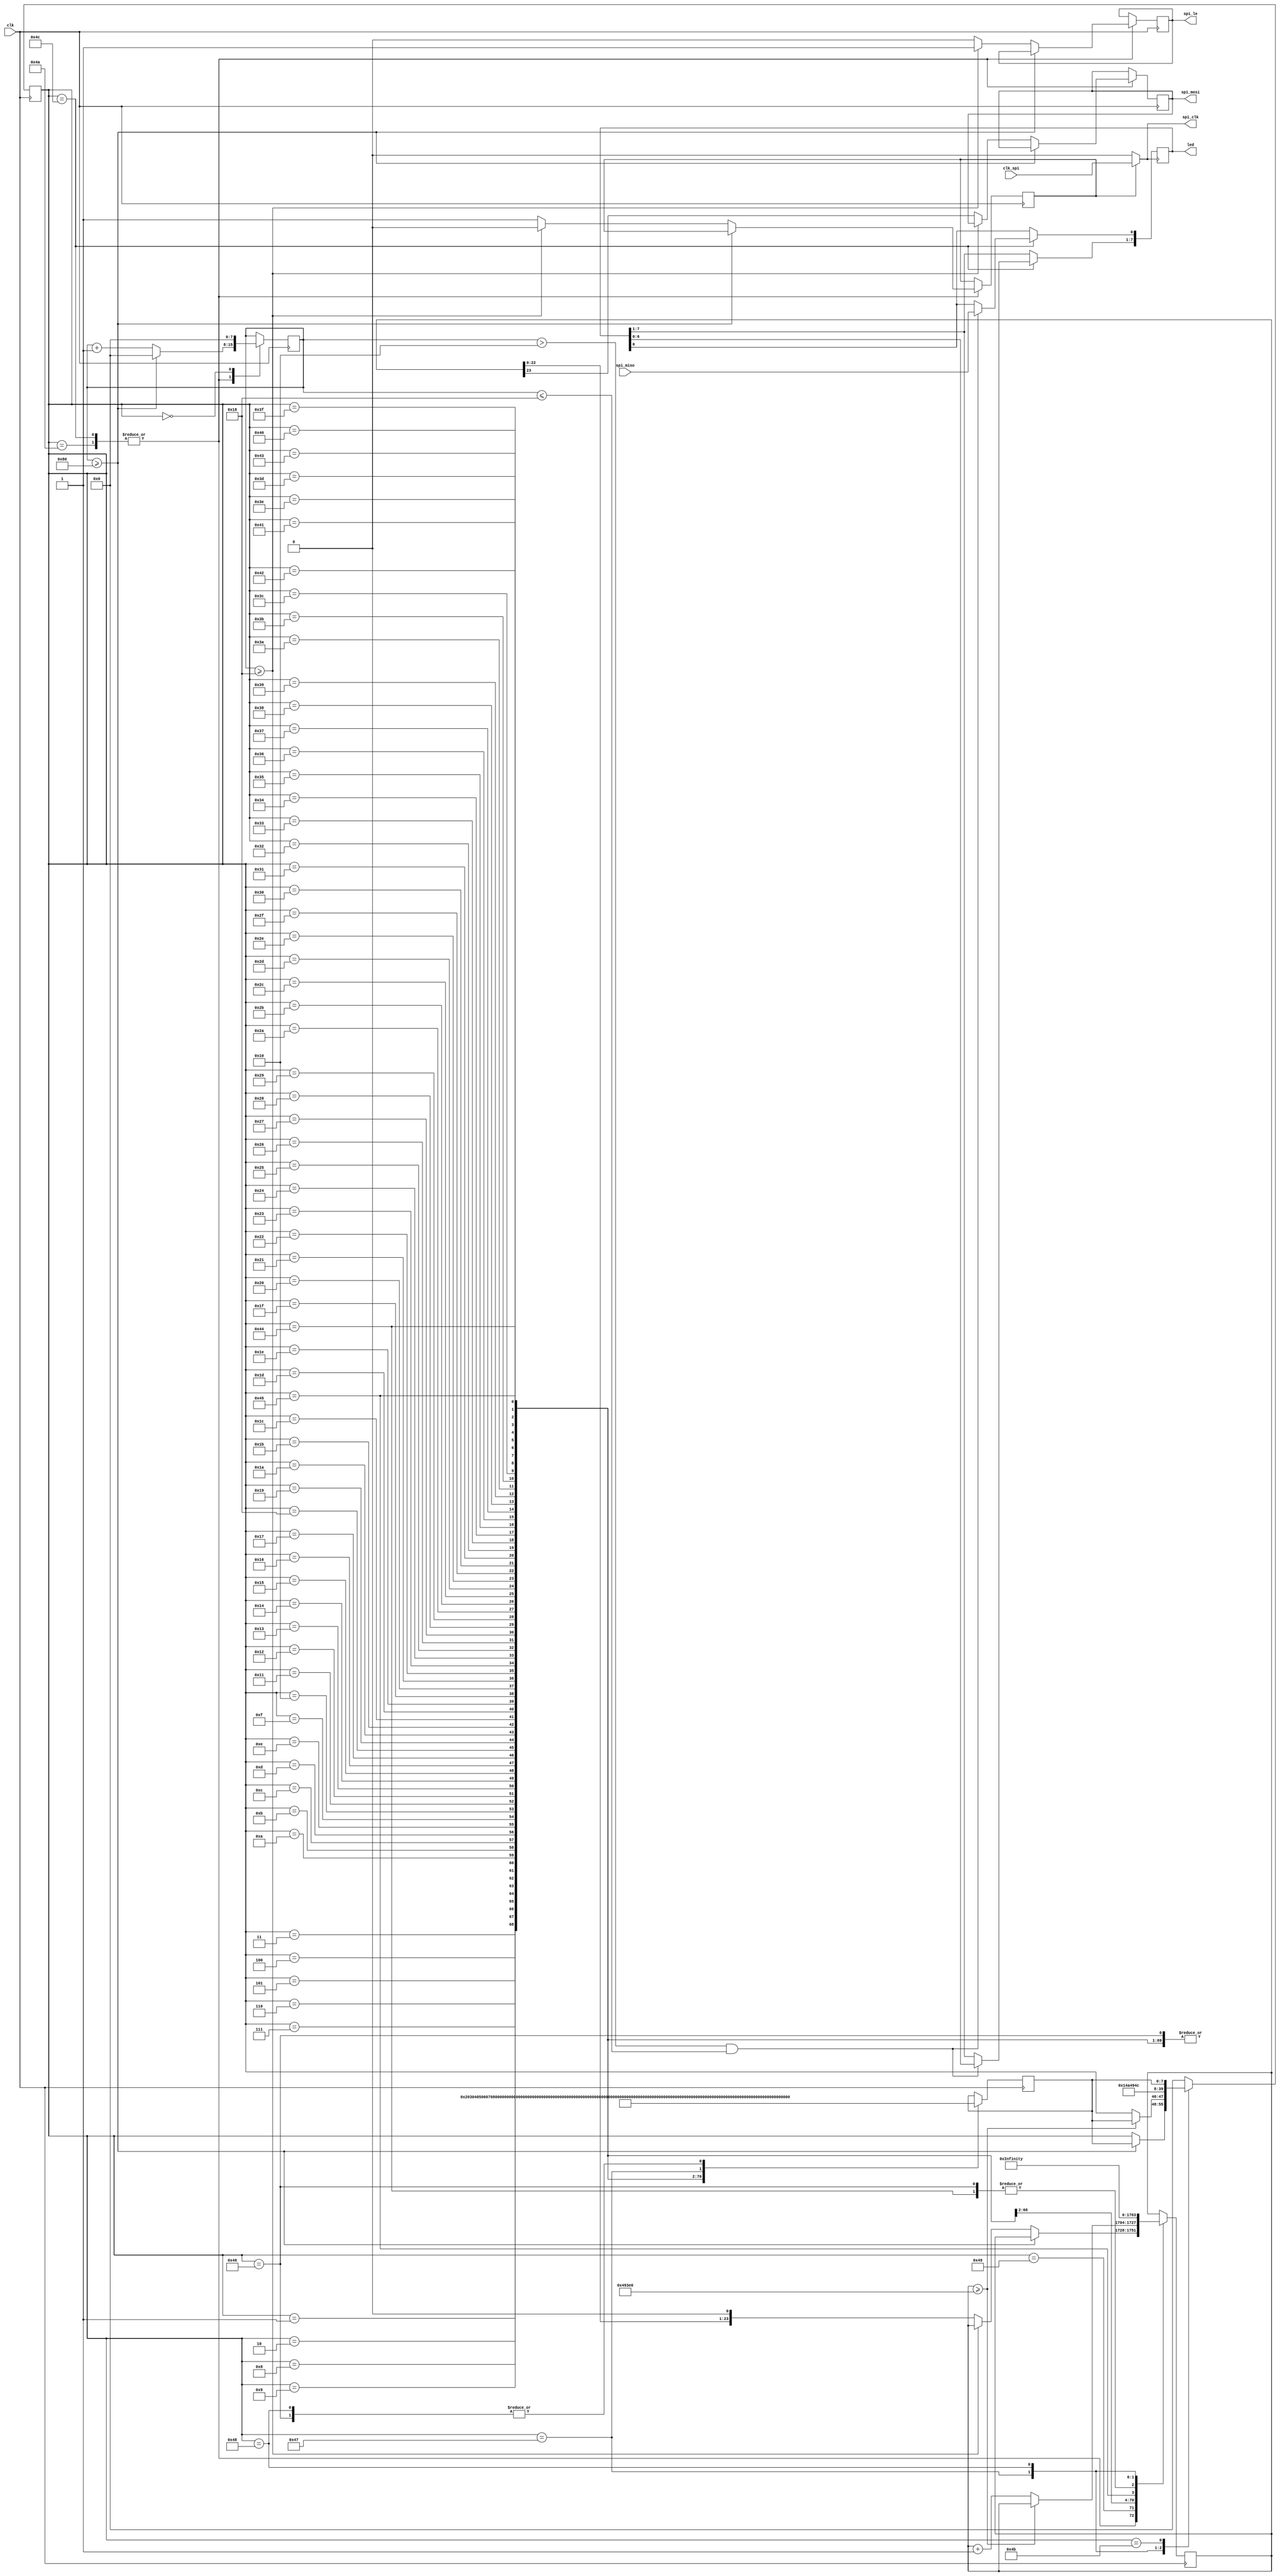
module AD9516(clk,clk_spi,spi_clk,spi_mosi,spi_miso,spi_le,led);

	//operate parameter
	localparam  SM_VALUE0	=	24'h000099,
                SM_VALUE1    =    24'h000100,
                SM_VALUE2    =    24'h000210,
                SM_VALUE3    =    24'h000343,
                SM_VALUE4    =    24'h000401,
                SM_VALUE5    =    24'h00107C,//4.8mA
                SM_VALUE6    =    24'h001101,
                SM_VALUE7    =    24'h001200,
                SM_VALUE8    =    24'h001308,
                SM_VALUE9    =    24'h00140C,
                SM_VALUE10    =    24'h001500,
                SM_VALUE11    =    24'h001605,
                SM_VALUE12    =    24'h001700,
                SM_VALUE13    =    24'h001806,
                SM_VALUE14    =    24'h001900,
                SM_VALUE15    =    24'h001A00,
                SM_VALUE16    =    24'h001B00,
                SM_VALUE17    =    24'h001C44,
                SM_VALUE18    =    24'h001D00,
                SM_VALUE19    =    24'h001E00,
                SM_VALUE20    =    24'h001F0E,
                SM_VALUE21    =    24'h00A000,
                SM_VALUE22    =    24'h00A100,
                SM_VALUE23    =    24'h00A200,
                SM_VALUE24    =    24'h00A300,
                SM_VALUE25    =    24'h00A400,
                SM_VALUE26    =    24'h00A500,
                SM_VALUE27    =    24'h00A600,
                SM_VALUE28    =    24'h00A700,
                SM_VALUE29    =    24'h00A800,
                SM_VALUE30    =    24'h00A900,
                SM_VALUE31    =    24'h00AA00,
                SM_VALUE32    =    24'h00AB00,
                SM_VALUE33    =    24'h00F008,
                SM_VALUE34    =    24'h00F108,
                SM_VALUE35    =    24'h00F208,
                SM_VALUE36    =    24'h00F308,
                SM_VALUE37    =    24'h00F408,
                SM_VALUE38    =    24'h00F508,
                SM_VALUE39    =    24'h014042,
                SM_VALUE40    =    24'h014142,
                SM_VALUE41    =    24'h014242,
                SM_VALUE42    =    24'h014342,
                SM_VALUE43    =    24'h019000,
                SM_VALUE44    =    24'h019100,
                SM_VALUE45    =    24'h019200,
                SM_VALUE46    =    24'h019300,
                SM_VALUE47    =    24'h019400,
                SM_VALUE48    =    24'h019500,
                SM_VALUE49    =    24'h019600,
                SM_VALUE50    =    24'h019700,
                SM_VALUE51    =    24'h019800,
                SM_VALUE52    =    24'h019944,
                SM_VALUE53    =    24'h019A00,
                SM_VALUE54    =    24'h019B44,
                SM_VALUE55    =    24'h019C00,
                SM_VALUE56    =    24'h019D00,
                SM_VALUE57    =    24'h019E22,
                SM_VALUE58    =    24'h019F00,
                SM_VALUE59    =    24'h01A011,
                SM_VALUE60    =    24'h01A100,
                SM_VALUE61    =    24'h01A200,
                SM_VALUE62    =    24'h01A300,
                SM_VALUE63    =    24'h01E002,
                SM_VALUE64    =    24'h01E102,
                SM_VALUE65    =    24'h023000,
                SM_VALUE66    =    24'h023100,
                SM_VALUE67    =    24'h023201,
                SM_VALUE68    =    24'h001807,
                SM_VALUE69    =    24'h023201;

      
    localparam  SM_VALUE70    =    24'h801F00;//read
					
    localparam  SM_IDLE 	 =	  8'd00,
                SM_STATE0    =    8'd01,
                SM_STATE1    =    8'd02,
                SM_STATE2    =    8'd03,
                SM_STATE3    =    8'd04,
                SM_STATE4    =    8'd05,
                SM_STATE5    =    8'd06,
                SM_STATE6    =    8'd07,
                SM_STATE7    =    8'd08,
                SM_STATE8    =    8'd09,
                SM_STATE9    =    8'd10,
                SM_STATE10    =    8'd11,
                SM_STATE11    =    8'd12,
                SM_STATE12    =    8'd13,
                SM_STATE13    =    8'd14,
                SM_STATE14    =    8'd15,
                SM_STATE15    =    8'd16,
                SM_STATE16    =    8'd17,
                SM_STATE17    =    8'd18,
                SM_STATE18    =    8'd19,
                SM_STATE19    =    8'd20,
                SM_STATE20    =    8'd21,
                SM_STATE21    =    8'd22,
                SM_STATE22    =    8'd23,
                SM_STATE23    =    8'd24,
                SM_STATE24    =    8'd25,
                SM_STATE25    =    8'd26,
                SM_STATE26    =    8'd27,
                SM_STATE27    =    8'd28,
                SM_STATE28    =    8'd29,
                SM_STATE29    =    8'd30,
                SM_STATE30    =    8'd31,
                SM_STATE31    =    8'd32,
                SM_STATE32    =    8'd33,
                SM_STATE33    =    8'd34,
                SM_STATE34    =    8'd35,
                SM_STATE35    =    8'd36,
                SM_STATE36    =    8'd37,
                SM_STATE37    =    8'd38,
                SM_STATE38    =    8'd39,
                SM_STATE39    =    8'd40,
                SM_STATE40    =    8'd41,
                SM_STATE41    =    8'd42,
                SM_STATE42    =    8'd43,
                SM_STATE43    =    8'd44,
                SM_STATE44    =    8'd45,
                SM_STATE45    =    8'd46,
                SM_STATE46    =    8'd47,
                SM_STATE47    =    8'd48,
                SM_STATE48    =    8'd49,
                SM_STATE49    =    8'd50,
                SM_STATE50    =    8'd51,
                SM_STATE51    =    8'd52,
                SM_STATE52    =    8'd53,
                SM_STATE53    =    8'd54,
                SM_STATE54    =    8'd55,
                SM_STATE55    =    8'd56,
                SM_STATE56    =    8'd57,
                SM_STATE57    =    8'd58,
                SM_STATE58    =    8'd59,
                SM_STATE59    =    8'd60,
                SM_STATE60    =    8'd61,
                SM_STATE61    =    8'd62,
                SM_STATE62    =    8'd63,
                SM_STATE63    =    8'd64,
                SM_STATE64    =    8'd65,
                SM_STATE65    =    8'd66,
                SM_STATE66    =    8'd67,
                SM_STATE67    =    8'd68,
                SM_STATE68    =    8'd69,
                SM_STATE69    =    8'd70,
                SM_STATE70    =    8'd71,
                SM_STATE71    =    8'd72,
                SM_WAIT       =    8'd73,
                SM_CONFIG     =    8'd74,
                SM_STOP       =    8'd75,
                SM_READ       =    8'd76;

	input  clk,clk_spi;
	input  spi_miso;
	output spi_clk;
	output reg spi_mosi;
	output spi_le;
	output[7:0] led;
	
	reg[23:0] spi_data;
	
    reg[7:0]  SM = 8'h00;
    reg[7:0]  SM_NEXT;
    reg[7:0]  config_count;
    reg       spi_le_wr;
    reg       spi_clken;
    
    reg[7:0] led_r = 8'hff;
                
    assign spi_clk   = spi_clken ? clk_spi : 1'b0;
    assign spi_le    = spi_le_wr;
    
    assign led[7:0]  = led_r[7:0];
	
	    
    always @(posedge spi_clk)
    if(SM == SM_READ)
    begin
      if(config_count > 16 && config_count <= 24)
      begin
        led_r[0] <= spi_miso;
        led_r[7:1] <= led_r[6:0];
       end
     end
     
	always@(posedge clk)
    case(SM)
      SM_CONFIG:
        if(config_count >= 128)
            begin
            config_count<=8'h0;
            SM<=SM_NEXT;
            end
        else if(config_count>=24)
            begin
            spi_clken<=1'b0;
            config_count<=config_count+1'b1;
            spi_le_wr<=1'b1;
            end
        else    
            begin
            spi_clken<=1'b1;
            spi_le_wr<=1'b0;
            config_count<=config_count+1'b1;
            spi_mosi<=spi_data[23];
            spi_data<=spi_data<<1'b1;
            end
        SM_READ:
            if(config_count >= 128)
                begin
                config_count<=8'h0;
                SM<=SM_NEXT;
                end
            else if(config_count>=24)
                begin
                spi_clken<=1'b0;
                config_count<=config_count+1'b1;
                spi_le_wr<=1'b1;
                end
            else
                begin
                spi_clken<=1'b1;
                spi_le_wr<=1'b0;
                config_count<=config_count+1'b1;
                spi_mosi<=spi_data[23];
                spi_data <= spi_data<<1'b1;
                end
        SM_WAIT:
            begin
            if(spi_data >= 300000) //1s
                SM<=SM_NEXT;
            else
                spi_data <= spi_data + 1'b1;
            end
            
        SM_IDLE:
            begin
            SM<=SM_STATE0;
            config_count<=8'h00;
            end
        SM_STATE0:
            begin
            spi_data<=SM_VALUE0;
            SM<=SM_CONFIG;
            SM_NEXT<=SM_STATE1;
            end
        SM_STATE1:
            begin
            spi_data<=SM_VALUE1;
            SM<=SM_CONFIG;
            SM_NEXT<=SM_STATE2;
            end		
        SM_STATE2:
            begin
            spi_data<=SM_VALUE2;
            SM<=SM_CONFIG;
            SM_NEXT<=SM_STATE3;
            end    				
        SM_STATE3:
            begin
            spi_data<=SM_VALUE3;
            SM<=SM_CONFIG;
            SM_NEXT<=SM_STATE4;
            end    	
        SM_STATE4:
            begin
            spi_data<=SM_VALUE4;
            SM<=SM_CONFIG;
            SM_NEXT<=SM_STATE5;
            end    
        SM_STATE5:
            begin
            spi_data<=SM_VALUE5;
            SM<=SM_CONFIG;
            SM_NEXT<=SM_STATE6;
            end    
        SM_STATE6:
            begin
            spi_data<=SM_VALUE6;
            SM<=SM_CONFIG;
            SM_NEXT<=SM_STATE7;
            end    
        SM_STATE7:
            begin
            spi_data<=SM_VALUE7;
            SM<=SM_CONFIG;
            SM_NEXT<=SM_STATE8;
            end    
        SM_STATE8:
            begin
            spi_data<=SM_VALUE8;
            SM<=SM_CONFIG;
            SM_NEXT<=SM_STATE9;
            end    
        SM_STATE9:
            begin
            spi_data<=SM_VALUE9;
            SM<=SM_CONFIG;
            SM_NEXT<=SM_STATE10;
            end    
        SM_STATE10:
            begin
            spi_data<=SM_VALUE10;
            SM<=SM_CONFIG;
            SM_NEXT<=SM_STATE11;
            end    
        SM_STATE11:
            begin
            spi_data<=SM_VALUE11;
            SM<=SM_CONFIG;
            SM_NEXT<=SM_STATE12;
            end    
        SM_STATE12:
            begin
            spi_data<=SM_VALUE12;
            SM<=SM_CONFIG;
            SM_NEXT<=SM_STATE13;
            end    
        SM_STATE13:
            begin
            spi_data<=SM_VALUE13;
            SM<=SM_CONFIG;
            SM_NEXT<=SM_STATE14;
            end
        SM_STATE14:
            begin
            spi_data<=SM_VALUE14;
            SM<=SM_CONFIG;
            SM_NEXT<=SM_STATE15;
            end
        SM_STATE15:
            begin
            spi_data<=SM_VALUE15;
            SM<=SM_CONFIG;
            SM_NEXT<=SM_STATE16;
            end        
        SM_STATE16:
            begin
            spi_data<=SM_VALUE16;
            SM<=SM_CONFIG;
            SM_NEXT<=SM_STATE17;
            end                    
        SM_STATE17:
            begin
            spi_data<=SM_VALUE17;
            SM<=SM_CONFIG;
            SM_NEXT<=SM_STATE18;
            end        
        SM_STATE18:
            begin
            spi_data<=SM_VALUE18;
            SM<=SM_CONFIG;
            SM_NEXT<=SM_STATE19;
            end    
        SM_STATE19:
            begin
            spi_data<=SM_VALUE19;
            SM<=SM_CONFIG;
            SM_NEXT<=SM_STATE20;
            end    
        SM_STATE20:
            begin
            spi_data<=SM_VALUE20;
            SM<=SM_CONFIG;
            SM_NEXT<=SM_STATE21;
            end    
        SM_STATE21:
            begin
            spi_data<=SM_VALUE21;
            SM<=SM_CONFIG;
            SM_NEXT<=SM_STATE22;
            end    
        SM_STATE22:
            begin
            spi_data<=SM_VALUE22;
            SM<=SM_CONFIG;
            SM_NEXT<=SM_STATE23;
            end    
        SM_STATE23:
            begin
            spi_data<=SM_VALUE23;
            SM<=SM_CONFIG;
            SM_NEXT<=SM_STATE24;
            end    
        SM_STATE24:
            begin
            spi_data<=SM_VALUE24;
            SM<=SM_CONFIG;
            SM_NEXT<=SM_STATE25;
            end    
        SM_STATE25:
            begin
            spi_data<=SM_VALUE25;
            SM<=SM_CONFIG;
            SM_NEXT<=SM_STATE26;
            end    
        SM_STATE26:
            begin
            spi_data<=SM_VALUE26;
            SM<=SM_CONFIG;
            SM_NEXT<=SM_STATE27;
            end    
        SM_STATE27:
            begin
            spi_data<=SM_VALUE27;
            SM<=SM_CONFIG;
            SM_NEXT<=SM_STATE28;
            end      
        SM_STATE28:
            begin
            spi_data<=SM_VALUE28;
            SM<=SM_CONFIG;
            SM_NEXT<=SM_STATE29;
            end    
        SM_STATE29:
            begin
            spi_data<=SM_VALUE29;
            SM<=SM_CONFIG;
            SM_NEXT<=SM_STATE30;
            end
        SM_STATE30:
            begin
            spi_data<=SM_VALUE30;
            SM<=SM_CONFIG;
            SM_NEXT<=SM_STATE31;
            end    
        SM_STATE31:
            begin
            spi_data<=SM_VALUE31;
            SM<=SM_CONFIG;
            SM_NEXT<=SM_STATE32;
            end    
        SM_STATE32:
            begin
            spi_data<=SM_VALUE32;
            SM<=SM_CONFIG;
            SM_NEXT<=SM_STATE33;
            end    
        SM_STATE33:
            begin
            spi_data<=SM_VALUE33;
            SM<=SM_CONFIG;
            SM_NEXT<=SM_STATE34;
            end
        SM_STATE34:
            begin
            spi_data<=SM_VALUE34;
            SM<=SM_CONFIG;
            SM_NEXT<=SM_STATE35;
            end
        SM_STATE35:
            begin
            spi_data<=SM_VALUE35;
            SM<=SM_CONFIG;
            SM_NEXT<=SM_STATE36;
            end        
        SM_STATE36:
            begin
            spi_data<=SM_VALUE36;
            SM<=SM_CONFIG;
            SM_NEXT<=SM_STATE37;
            end                    
        SM_STATE37:
            begin
            spi_data<=SM_VALUE37;
            SM<=SM_CONFIG;
            SM_NEXT<=SM_STATE38;
            end        
        SM_STATE38:
            begin
            spi_data<=SM_VALUE38;
            SM<=SM_CONFIG;
            SM_NEXT<=SM_STATE39;
            end    
        SM_STATE39:
            begin
            spi_data<=SM_VALUE39;
            SM<=SM_CONFIG;
            SM_NEXT<=SM_STATE40;
            end    
        SM_STATE40:
            begin
            spi_data<=SM_VALUE40;
            SM<=SM_CONFIG;
            SM_NEXT<=SM_STATE41;
            end    
        SM_STATE41:
            begin
            spi_data<=SM_VALUE41;
            SM<=SM_CONFIG;
            SM_NEXT<=SM_STATE42;
            end    
        SM_STATE42:
            begin
            spi_data<=SM_VALUE42;
            SM<=SM_CONFIG;
            SM_NEXT<=SM_STATE43;
            end    
        SM_STATE43:
            begin
            spi_data<=SM_VALUE43;
            SM<=SM_CONFIG;
            SM_NEXT<=SM_STATE44;
            end    
        SM_STATE44:
            begin
            spi_data<=SM_VALUE44;
            SM<=SM_CONFIG;
            SM_NEXT<=SM_STATE45;
            end    
        SM_STATE45:
            begin
            spi_data<=SM_VALUE45;
            SM<=SM_CONFIG;
            SM_NEXT<=SM_STATE46;
            end    
        SM_STATE46:
            begin
            spi_data<=SM_VALUE46;
            SM<=SM_CONFIG;
            SM_NEXT<=SM_STATE47;
            end    
        SM_STATE47:
            begin
            spi_data<=SM_VALUE47;
            SM<=SM_CONFIG;
            SM_NEXT<=SM_STATE48;
            end      
        SM_STATE48:
            begin
            spi_data<=SM_VALUE48;
            SM<=SM_CONFIG;
            SM_NEXT<=SM_STATE49;
            end    
        SM_STATE49:
            begin
            spi_data<=SM_VALUE49;
            SM<=SM_CONFIG;
            SM_NEXT<=SM_STATE50;
            end 
        SM_STATE50:
            begin
            spi_data<=SM_VALUE50;
            SM<=SM_CONFIG;
            SM_NEXT<=SM_STATE51;
            end    
        SM_STATE51:
            begin
            spi_data<=SM_VALUE51;
            SM<=SM_CONFIG;
            SM_NEXT<=SM_STATE52;
            end    
        SM_STATE52:
            begin
            spi_data<=SM_VALUE52;
            SM<=SM_CONFIG;
            SM_NEXT<=SM_STATE53;
            end    
        SM_STATE53:
            begin
            spi_data<=SM_VALUE53;
            SM<=SM_CONFIG;
            SM_NEXT<=SM_STATE54;
            end
        SM_STATE54:
            begin
            spi_data<=SM_VALUE54;
            SM<=SM_CONFIG;
            SM_NEXT<=SM_STATE55;
            end
        SM_STATE55:
            begin
            spi_data<=SM_VALUE55;
            SM<=SM_CONFIG;
            SM_NEXT<=SM_STATE56;
            end        
        SM_STATE56:
            begin
            spi_data<=SM_VALUE56;
            SM<=SM_CONFIG;
            SM_NEXT<=SM_STATE57;
            end                    
        SM_STATE57:
            begin
            spi_data<=SM_VALUE57;
            SM<=SM_CONFIG;
            SM_NEXT<=SM_STATE58;
            end        
        SM_STATE58:
            begin
            spi_data<=SM_VALUE58;
            SM<=SM_CONFIG;
            SM_NEXT<=SM_STATE59;
            end    
        SM_STATE59:
            begin
            spi_data<=SM_VALUE59;
            SM<=SM_CONFIG;
            SM_NEXT<=SM_STATE60;
            end    
        SM_STATE60:
            begin
            spi_data<=SM_VALUE60;
            SM<=SM_CONFIG;
            SM_NEXT<=SM_STATE61;
            end    
        SM_STATE61:
            begin
            spi_data<=SM_VALUE61;
            SM<=SM_CONFIG;
            SM_NEXT<=SM_STATE62;
            end    
        SM_STATE62:
            begin
            spi_data<=SM_VALUE62;
            SM<=SM_CONFIG;
            SM_NEXT<=SM_STATE63;
            end    
        SM_STATE63:
            begin
            spi_data<=SM_VALUE63;
            SM<=SM_CONFIG;
            SM_NEXT<=SM_STATE64;
            end    
        SM_STATE64:
            begin
            spi_data<=SM_VALUE64;
            SM<=SM_CONFIG;
            SM_NEXT<=SM_STATE65;
            end    
        SM_STATE65:
            begin
            spi_data<=SM_VALUE65;
            SM<=SM_CONFIG;
            SM_NEXT<=SM_STATE66;
            end    
        SM_STATE66:
            begin
            spi_data<=SM_VALUE66;
            SM<=SM_CONFIG;
            SM_NEXT<=SM_STATE67;
            end    
        SM_STATE67:
            begin
            spi_data<=SM_VALUE67;
            SM<=SM_CONFIG;
            SM_NEXT<=SM_STATE68;
            end  
        SM_STATE68:
            begin
            spi_data<=SM_VALUE68;
            SM<=SM_CONFIG;
            SM_NEXT<=SM_STATE69;
            end    
        SM_STATE69:
            begin
            spi_data<=SM_VALUE69;
            SM<=SM_CONFIG;
            SM_NEXT<=SM_STATE70;
            end
        SM_STATE70:
            begin
            spi_data<=0;
            SM<=SM_WAIT;
            SM_NEXT<=SM_STATE71;
            end
        
        SM_STATE71:
            begin
            spi_data<=SM_VALUE70;
            SM<=SM_READ;
            SM_NEXT<=SM_STATE70;
            end 
            
       SM_STOP:
            begin
            SM <= SM_NEXT;
            end
        default:
        SM<=SM_IDLE;
    endcase

endmodule